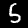
Digit: 5